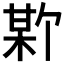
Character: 𪲣